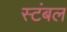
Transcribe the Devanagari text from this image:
स्टंबल